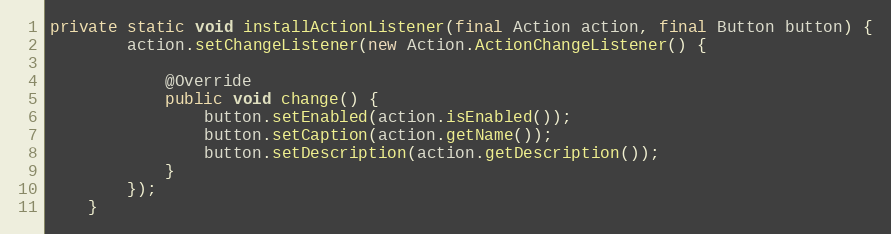
Language: Java
private static void installActionListener(final Action action, final Button button) {
		action.setChangeListener(new Action.ActionChangeListener() {

			@Override
			public void change() {
				button.setEnabled(action.isEnabled());
				button.setCaption(action.getName());
				button.setDescription(action.getDescription());
			}
		});
	}